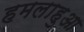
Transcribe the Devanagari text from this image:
हमलाहुआ